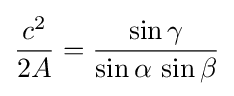
{\frac {c^{2}}{2A}}={\frac {\sin \gamma }{\sin \alpha \,\sin \beta }}